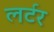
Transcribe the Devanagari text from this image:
लर्टर